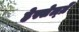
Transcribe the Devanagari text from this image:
हेस्सेल्ग्रें